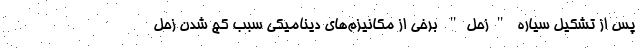
پس از تشکیل سیاره "زحل" برخی از مکانیزم‌های دینامیکی سبب کج شدن زحل